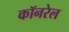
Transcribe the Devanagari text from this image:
कॉनरेल